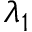
\lambda _ { 1 }